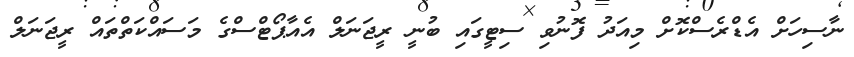
ނާސިހަށް އެޑްރެސްކޮށް މިއަދު ފޮނުވި ސިޓީގައި ބުނީ ރީޖަނަލް އެއާޕޯޓްސްގެ މަސައްކަތްތައް ރީޖަނަލް